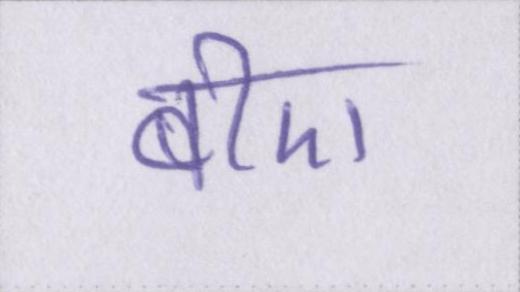
बीए